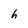
Character: h